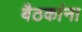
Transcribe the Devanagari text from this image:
बैठकांना